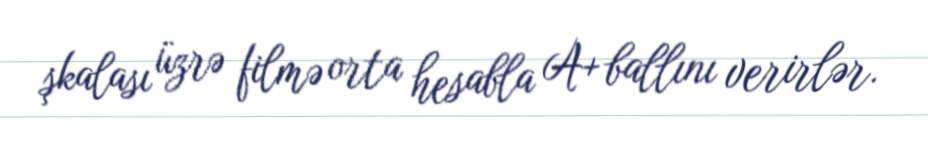
şkalası üzrə filmə orta hesabla A+ ballını verirlər.